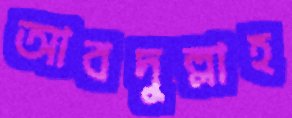
আবদুল্লাহ